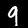
Label: 9